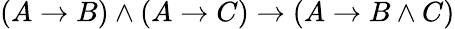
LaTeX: (A\to B)\land(A\to C)\to(A\to B\land C)